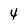
Character: 4